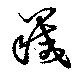
蔵